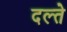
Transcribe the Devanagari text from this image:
दल्ते